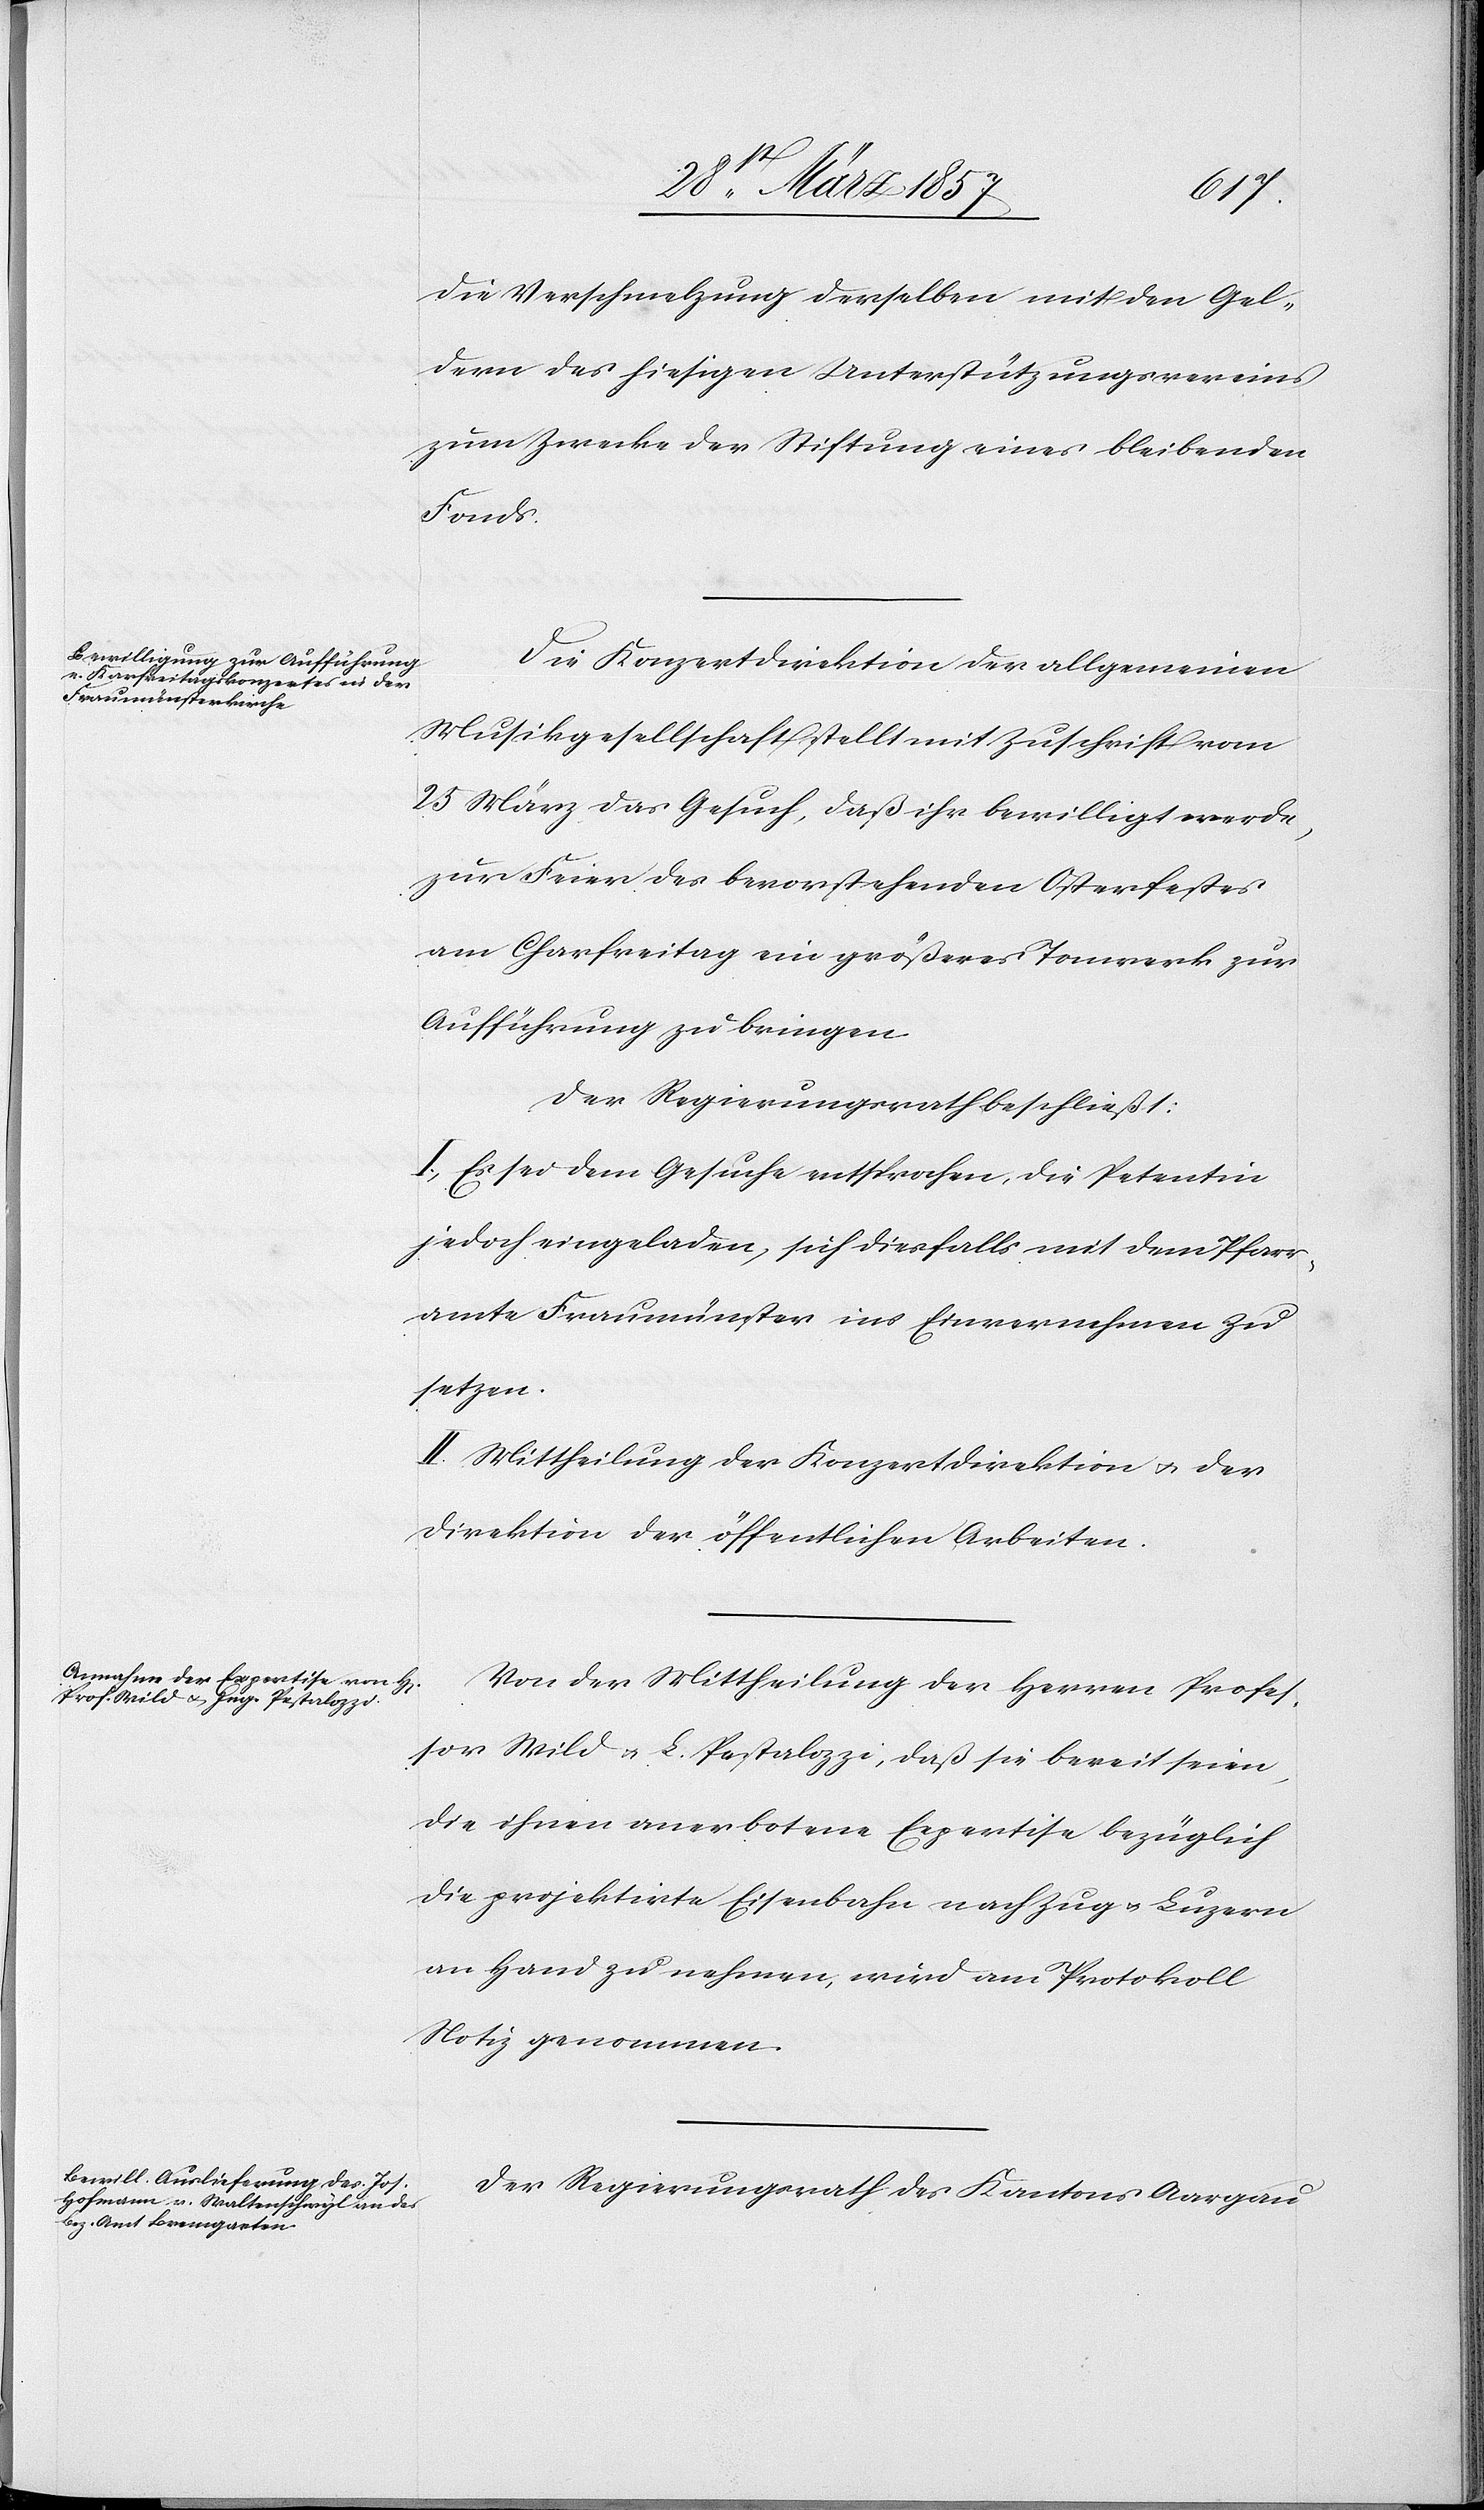
die Verschmelzung derselben mit den Gel¬
dern des hiesigen Unterstützungsvereins
zum Zwecke der Stiftung eines bleibenden
Fonds.
Die Konzertdirektion der allgemeinen
Musikgesellschaft stellt mit Zuschrift vom
25 März das Gesuch, daß ihr bewilligt werde,
zur Feier des bevorstehenden Osterfestes
am Charfreitag ein größeres Tonwerk zur
Aufführung zu bringen.
Der Regierungsrath beschließt:
I. Es sei dem Gesuche entsprochen, die Petentin
jedoch eingeladen, sich diesfalls mit dem Pfarr¬
amte Fraumünster ins Einvernehmen zu
setzen.
II. Mittheilung der Konzertdirektion u. der
Direktion der öffentlichen Arbeiten.
Von der Mittheilung der Herren Profes¬
sor Wild u. L. Pestalozzi, daß sie bereit seien,
die ihnen anerbotene Expertise bezüglich
die projektirte Eisenbahn nach Zug u. Luzern
an Hand zu nehmen, wird am Protokoll
Notiz genommen.
Der Regierungsrath des Kantons Aargau